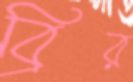
ব্রির